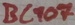
Text: BC107